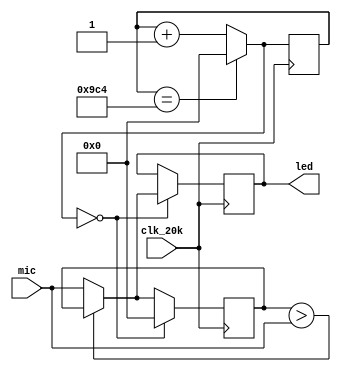
module volume_display(
    input [11:0] mic,
    input clk_20k,
    output reg [11:0] led
    );
    reg [11:0] max;
    reg [11:0] count;
    initial begin
        led = 0;
        max = 0;
        count = 0;
    end
    always @(posedge clk_20k) begin
        max = (max>mic)? max:mic;
        count = (count==2500)? 0:count+1;
        if (count==0) begin
            led = max;
            max=0;
        end
    end
endmodule